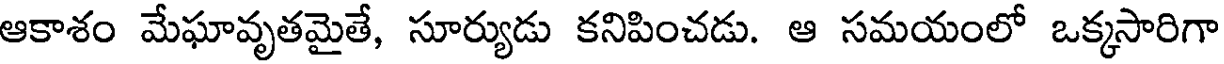
ఆకాశం మేఘావృతమైతే, సూర్యుడు కనిపించడు. ఆ సమయంలో ఒక్కసారిగా